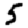
Digit: 5